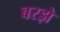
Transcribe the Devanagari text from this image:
बरझे